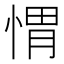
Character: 㥜